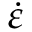
\dot { \varepsilon }